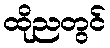
ထိုညတွင်